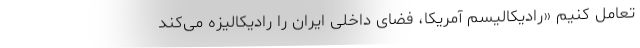
تعامل کنیم «رادیکالیسم آمریکا، فضای داخلی ایران را رادیکالیزه می‌کند